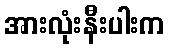
အားလုံးနီးပါးက